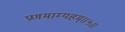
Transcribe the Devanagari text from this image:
प्रणमाम्यहम्॥५॥